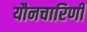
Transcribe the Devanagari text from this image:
यौनचारिणी